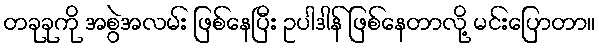
တခုခုကို အစွဲအလမ်း ဖြစ်နေပြီး ဥပါဒါန် ဖြစ်နေတာလို့ မင်းပြောတာ။